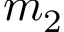
m _ { 2 }